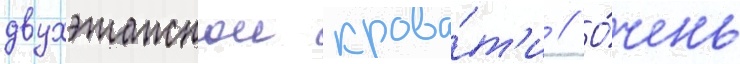
двухэтажнои крова́т'и // О́чень